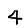
Digit: 4